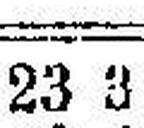
23 3